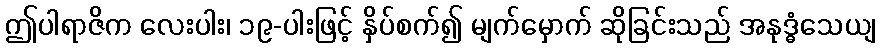
ဤပါရာဇိက လေးပါး၊ ၁၉-ပါးဖြင့် နှိပ်စက်၍ မျက်မှောက် ဆိုခြင်းသည် အနုဒ္ဓံသေယျ